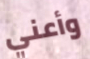
وأعني